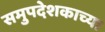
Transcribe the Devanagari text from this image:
समुपदेशकाच्या